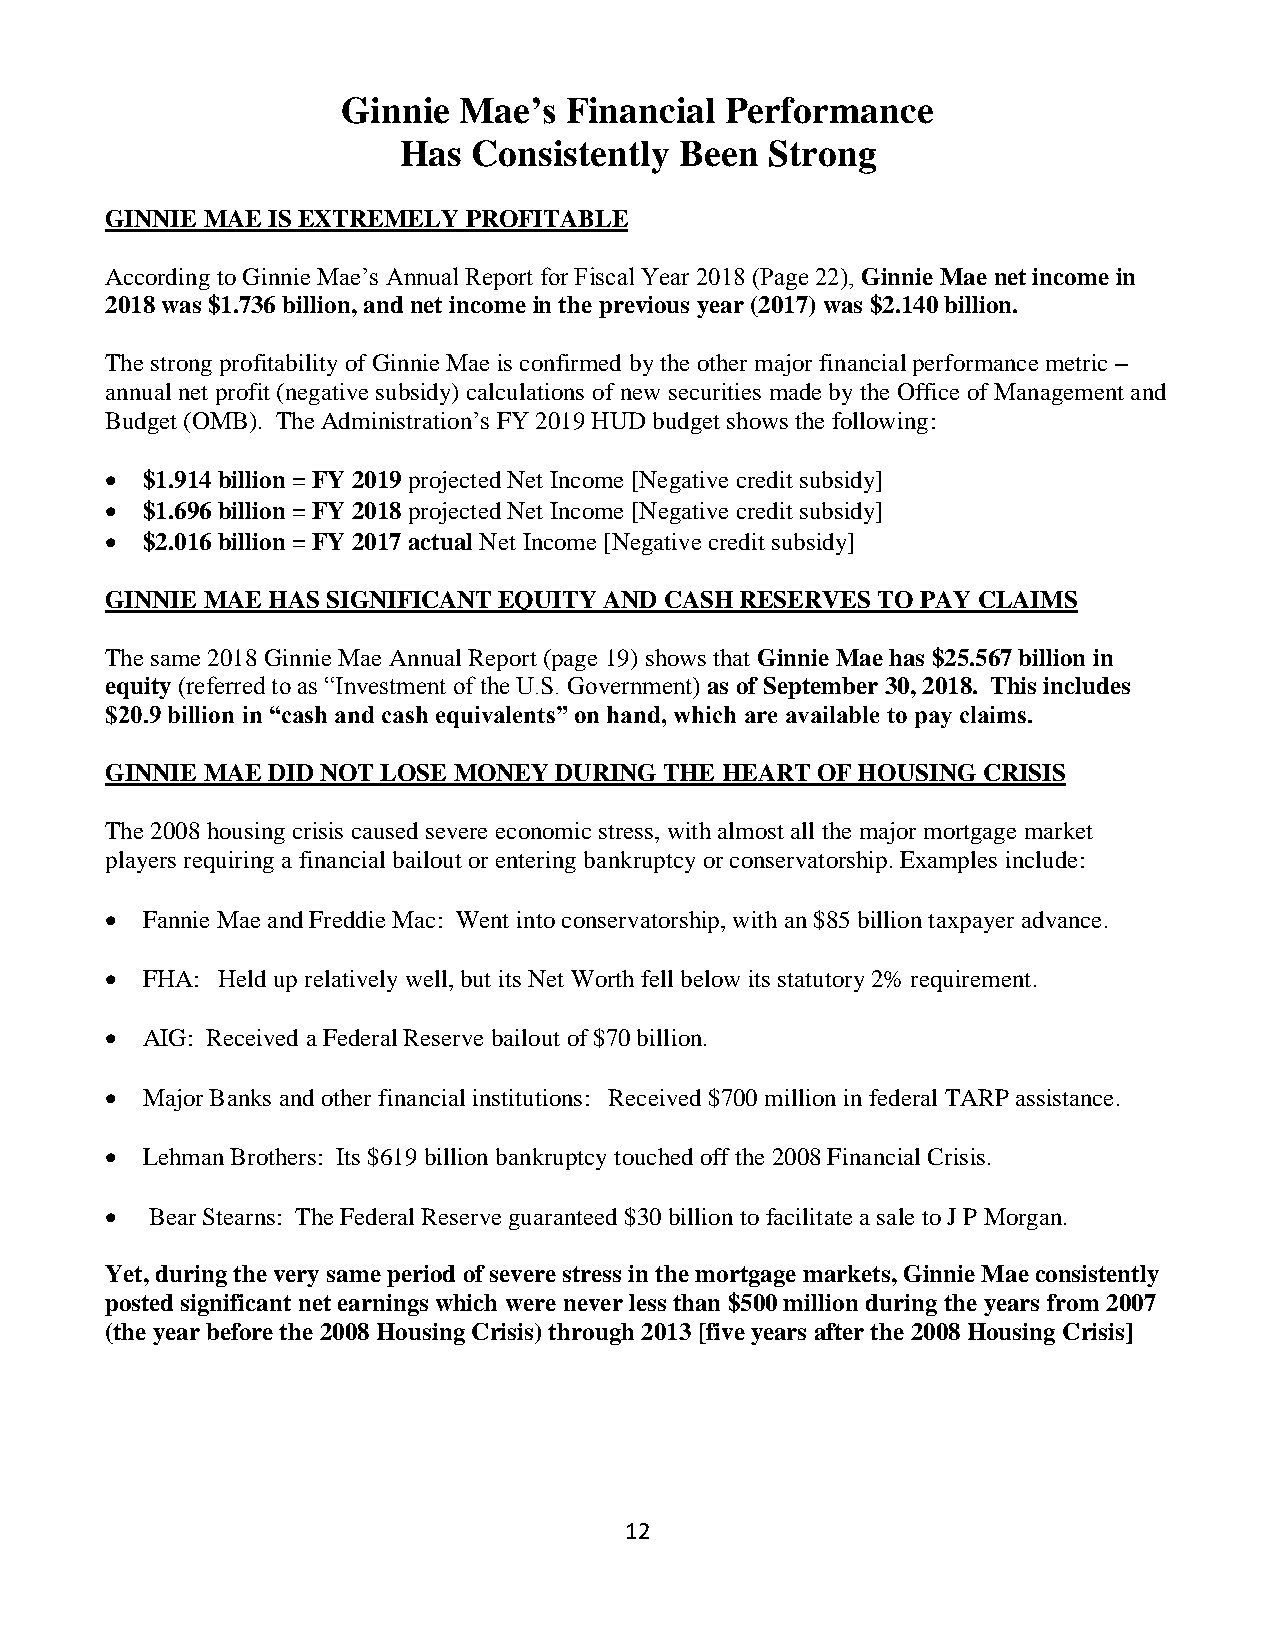
Ginnie Mae’s  Financial  Performance
 Has  Consistently  Been  Strong
 GINNIE MAE IS EXTREMELY PROFITABLE
 According to Ginnie Mae’s Annual Report for Fiscal Year 2018 (Page 22), Ginnie Mae net income in
 2018 was $1.736 billion, and net income in the previous year (2017) was $2.140 billion.
 The strong profitability of Ginnie Mae is confirmed by the other major financial performance metric –
 annual net profit (negative subsidy) calculations of new securities made by the Office of Management and
 Budget (OMB). The Administration’s FY 2019 HUD budget shows the following:
 • $1.914 billion = FY 2019 projected Net Income [Negative credit subsidy]
 • $1.696 billion = FY 2018 projected Net Income [Negative credit subsidy]
 • $2.016 billion = FY 2017 actual Net Income [Negative credit subsidy]
 GINNIE MAE HAS SIGNIFICANT EQUITY AND CASH RESERVES TO PAY CLAIMS
 The same 2018 Ginnie Mae Annual Report (page 19) shows that Ginnie Mae has $25.567 billion in
 equity (referred to as “Investment of the U.S. Government) as of September 30, 2018. This includes
 $20.9 billion in “cash and cash equivalents” on hand, which are available to pay claims.
 GINNIE MAE DID NOT LOSE MONEY DURING THE HEART OF HOUSING CRISIS
 The 2008 housing crisis caused severe economic stress, with almost all the major mortgage market
 players requiring a financial bailout or entering bankruptcy or conservatorship. Examples include:
 • Fannie Mae and Freddie Mac: Went into conservatorship, with an $85 billion taxpayer advance.
 • FHA: Held up relatively well, but its Net Worth fell below its statutory 2% requirement.
 • AIG: Received a Federal Reserve bailout of $70 billion.
 • Major Banks and other financial institutions: Received $700 million in federal TARP assistance.
 • Lehman Brothers: Its $619 billion bankruptcy touched off the 2008 Financial Crisis.
 •  Bear Stearns: The Federal Reserve guaranteed $30 billion to facilitate a sale to J P Morgan.
 Yet, during the very same period of severe stress in the mortgage markets, Ginnie Mae consistently
 posted significant net earnings which were never less than $500 million during the years from 2007
 (the year before the 2008 Housing Crisis) through 2013 [five years after the 2008 Housing Crisis]
 12